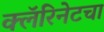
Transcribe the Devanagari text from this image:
क्लॅरिनेटचा